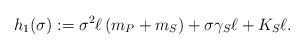
\begin{align*}h_1(\sigma) := \sigma^2 \ell \left( m_P + m_S \right) + \sigma \gamma_S \ell + K_S \ell.\end{align*}